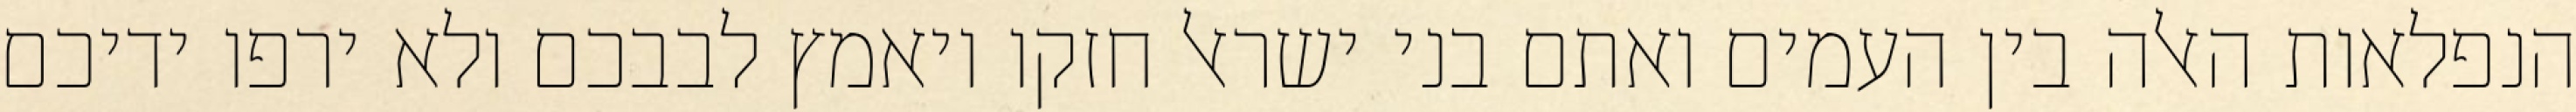
הנפלאות האלה בין העמים ואתם בני ישראל חזקו ויאמץ לבבכם ולא ירפו ידיכם